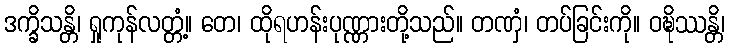
ဒက္ခိသန္တိ၊ ရှုကုန်လတ္တံ့။ တေ၊ ထိုရဟန်းပုဏ္ဏားတို့သည်။ တဏှံ၊ တပ်ခြင်းကို။ ဝဍ္ဎိဿန္တိ၊